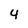
Character: 4